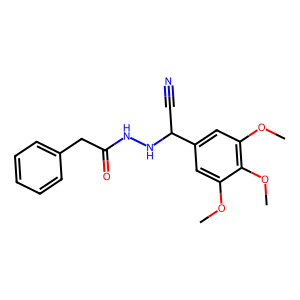
SMILES: COc1cc(C(C#N)NNC(=O)Cc2ccccc2)cc(OC)c1OC
Inhibits HIV replication: No